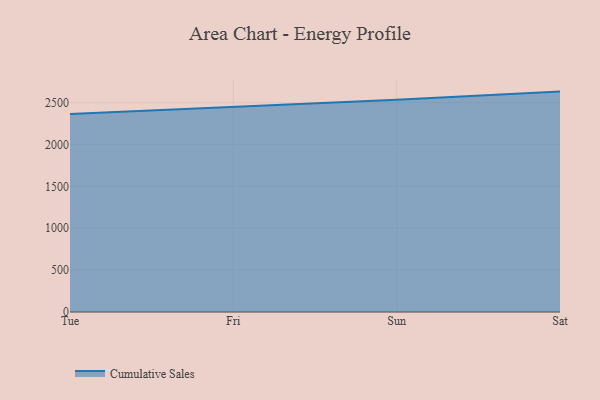
{"axis": {"x": "Day", "y": "Bounce Rate (%)"}, "legend": ["Cumulative Sales"], "data": [{"x": "Tue", "y": 2366.3, "type": "Cumulative Sales"}, {"x": "Fri", "y": 2447.3, "type": "Cumulative Sales"}, {"x": "Sun", "y": 2536.0, "type": "Cumulative Sales"}, {"x": "Sat", "y": 2632.9, "type": "Cumulative Sales"}]}